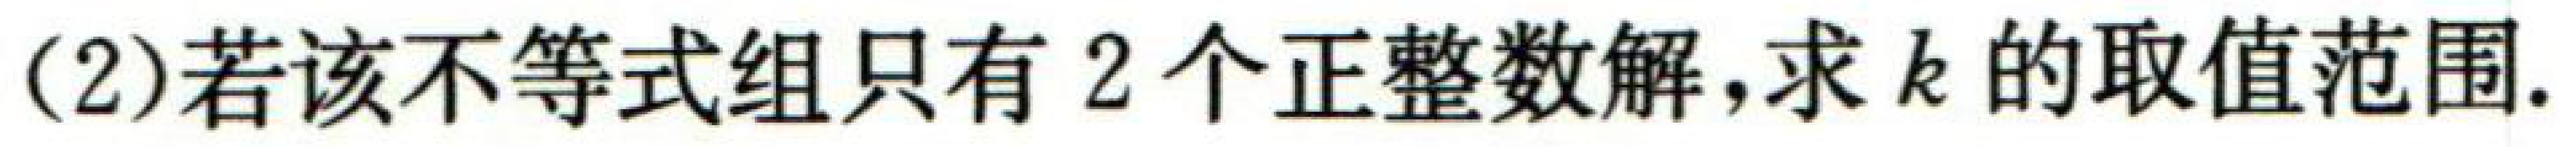
(2)若该不等式组只有2个正整数解,求\(k\)的取值范围.